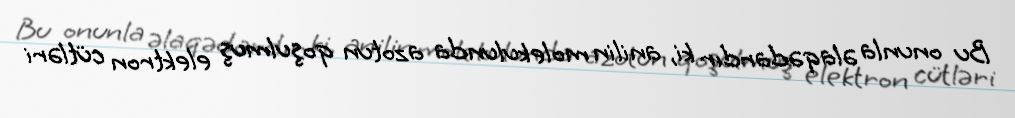
Bu onunla əlaqədardır ki, anilin molekulunda azotun qoşulmuş elektron cütləri